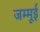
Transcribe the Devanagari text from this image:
जम्मूई